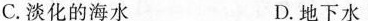
C.淡化的海水 D.地下水